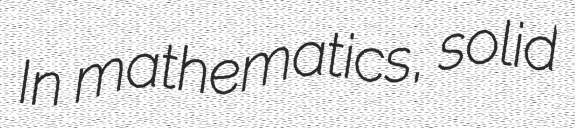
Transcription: In mathematics, solid